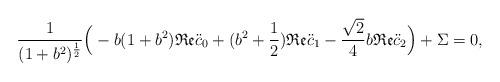
LaTeX: \begin{align*} \frac1{(1+b^2)^{\frac12}} \Big( -b(1+b^2)\mathfrak{Re} \ddot{c}_0+(b^2+\frac12)\mathfrak{Re} \ddot{c}_1-\frac{\sqrt{2}}{4}b \mathfrak{Re} \ddot{c}_2 \Big) + \Sigma =0,\end{align*}